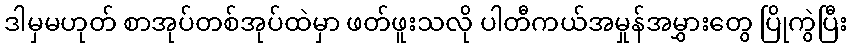
ဒါမှမဟုတ် စာအုပ်တစ်အုပ်ထဲမှာ ဖတ်ဖူးသလို ပါတီကယ်အမှုန်အမွှားတွေ ပြိုကွဲပြီး